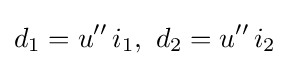
d_{1}=u''\,i_{1},\ d_{2}=u''\,i_{2}